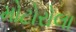
મોટોરોલા